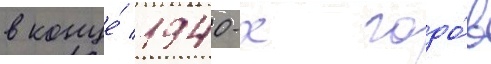
в конце́ 1940-х годо́в